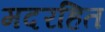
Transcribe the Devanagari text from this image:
मदरहित